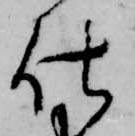
仕